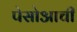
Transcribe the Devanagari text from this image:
पेसोआची